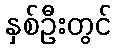
နှစ်ဦးတွင်